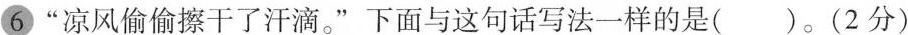
“凉风偷偷擦干了汗滴。”下面与这句话写法一样的是( )。(2分）